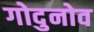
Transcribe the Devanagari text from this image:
गोदुनोव